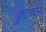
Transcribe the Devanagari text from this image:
कुटकर